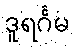
ဒူရင်္ဂမ